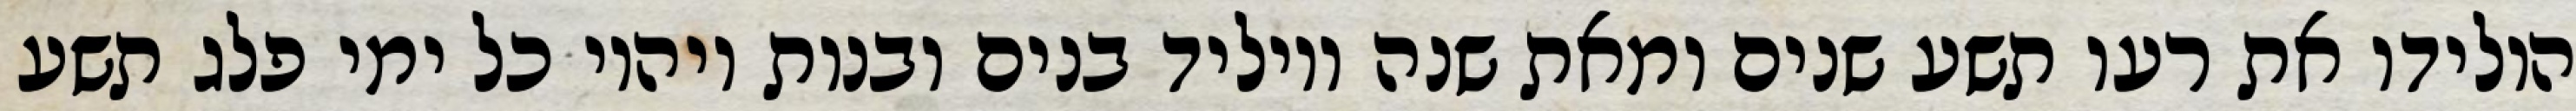
הולידו את רעו תשע שנים ומאת שנה ויוליד בנים ובנות ויהיו כל ימי פלג תשע